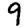
Digit: 9